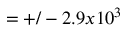
= + / - 2 . 9 x 1 0 ^ { 3 }